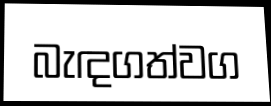
බැඳගත්වග